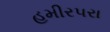
હમીરપરા